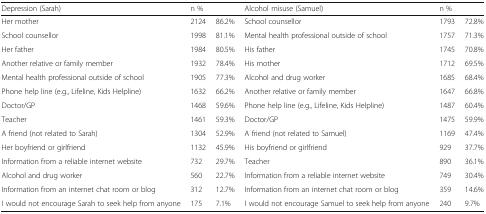
<table><thead><tr><td><b>Depression (Sarah)</b></td><td colspan="2"><b>n %</b></td><td><b>Alcohol misuse (Samuel)</b></td><td colspan="2"><b>n %</b></td></tr></thead><tbody><tr><td>Her mother</td><td>2124</td><td>86.2%</td><td>School counsellor</td><td>1793</td><td>72.8%</td></tr><tr><td>School counsellor</td><td>1998</td><td>81.1%</td><td>Mental health professional outside of school</td><td>1757</td><td>71.3%</td></tr><tr><td>Her father</td><td>1984</td><td>80.5%</td><td>His father</td><td>1745</td><td>70.8%</td></tr><tr><td>Another relative or family member</td><td>1932</td><td>78.4%</td><td>His mother</td><td>1712</td><td>69.5%</td></tr><tr><td>Mental health professional outside of school</td><td>1905</td><td>77.3%</td><td>Alcohol and drug worker</td><td>1685</td><td>68.4%</td></tr><tr><td>Phone help line (e.g., Lifeline, Kids Helpline)</td><td>1632</td><td>66.2%</td><td>Another relative or family member</td><td>1647</td><td>66.8%</td></tr><tr><td>Doctor/GP</td><td>1468</td><td>59.6%</td><td>Phone help line (e.g., Lifeline, Kids Helpline)</td><td>1487</td><td>60.4%</td></tr><tr><td>Teacher</td><td>1461</td><td>59.3%</td><td>Doctor/GP</td><td>1475</td><td>59.9%</td></tr><tr><td>A friend (not related to Sarah)</td><td>1304</td><td>52.9%</td><td>A friend (not related to Samuel)</td><td>1169</td><td>47.4%</td></tr><tr><td>Her boyfriend or girlfriend</td><td>1132</td><td>45.9%</td><td>His boyfriend or girlfriend</td><td>929</td><td>37.7%</td></tr><tr><td>Information from a reliable internet website</td><td>732</td><td>29.7%</td><td>Teacher</td><td>890</td><td>36.1%</td></tr><tr><td>Alcohol and drug worker</td><td>560</td><td>22.7%</td><td>Information from a reliable internet website</td><td>749</td><td>30.4%</td></tr><tr><td>Information from an internet chat room or blog</td><td>312</td><td>12.7%</td><td>Information from an internet chat room or blog</td><td>359</td><td>14.6%</td></tr><tr><td>I would not encourage Sarah to seek help from anyone</td><td>175</td><td>7.1%</td><td>I would not encourage Samuel to seek help from anyone</td><td>240</td><td>9.7%</td></tr></tbody></table>